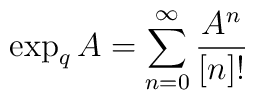
\exp_qA=\sum_{n=0}^\infty \frac{A^n}{[n]!}